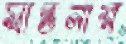
স্বান্তনার